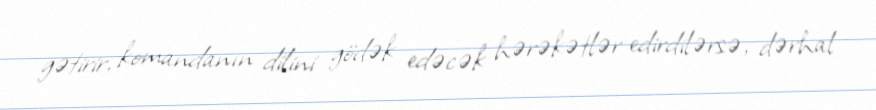
gətirir, komandanın dilini gödək edəcək hərəkətlər edirdilərsə, dərhal